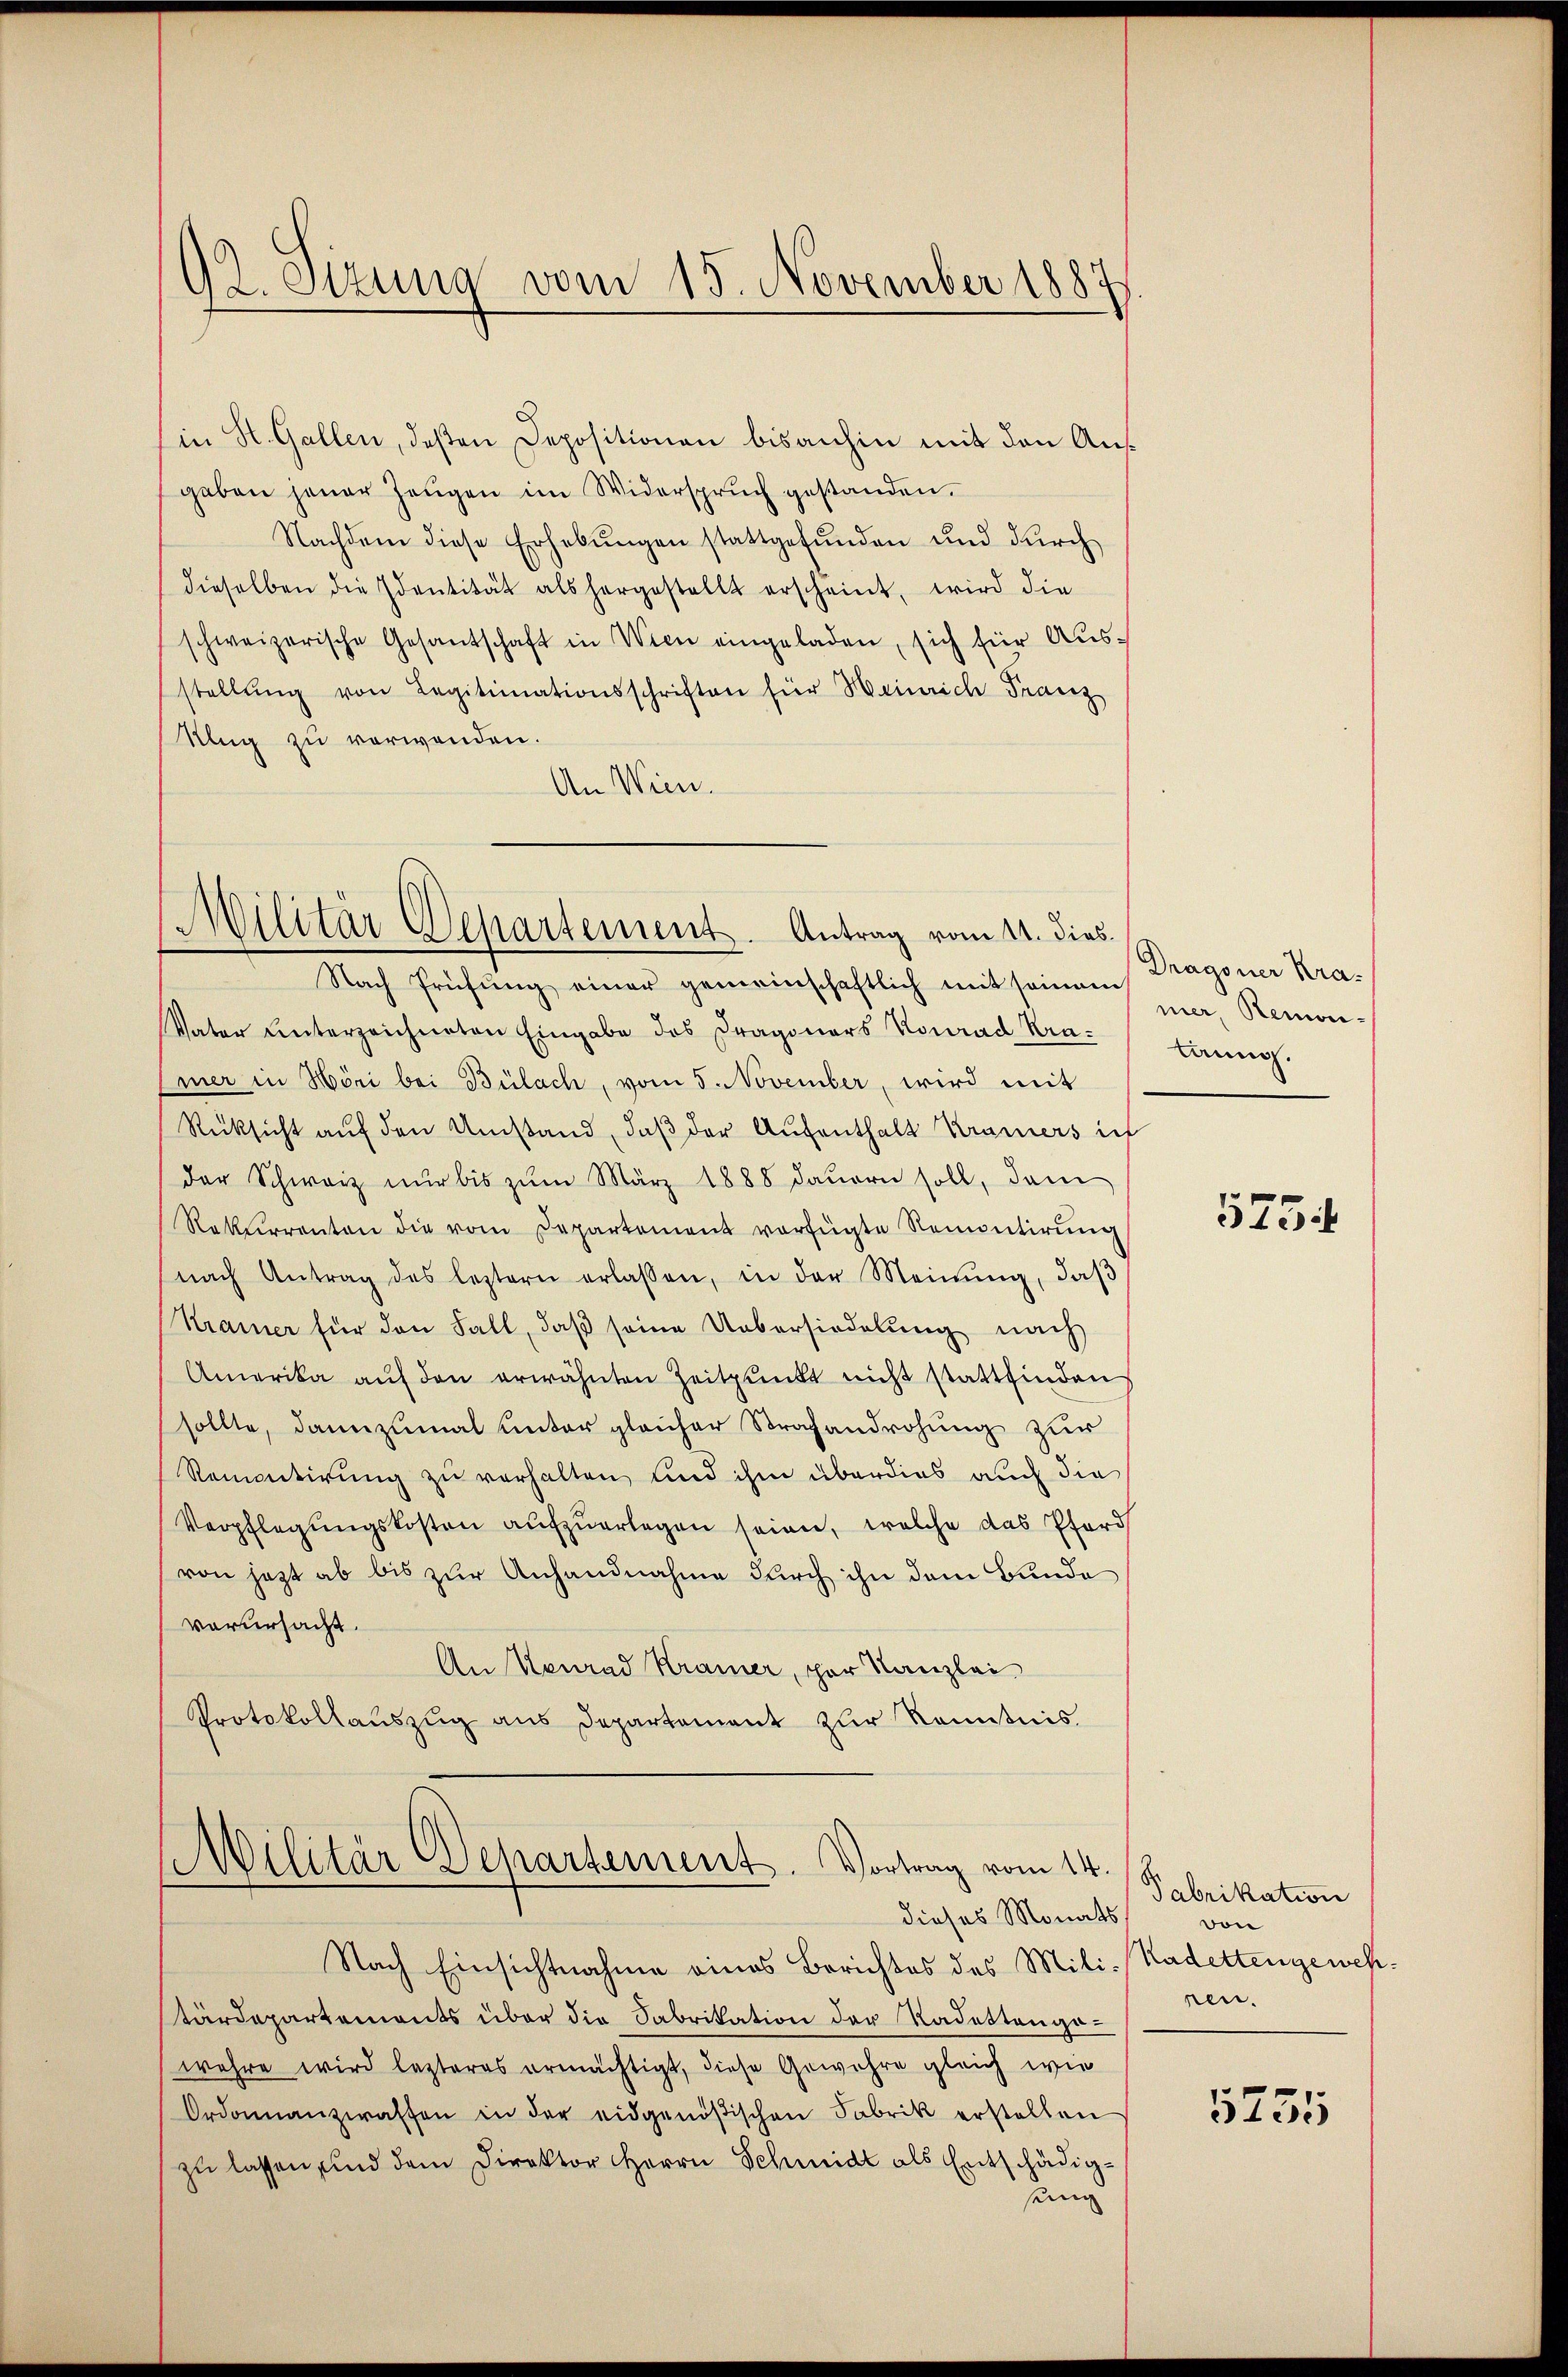
(in St. Gallen, deßen Depositionen bisanhin mit den Augaben jener Zeŭgen im Widerspruch gestanden.
Nachdem diese Erhebŭngen stattgefŭnden und durch
dieselben die Identität als hergestellt erscheint, wird die
schweizerische Gesantschaft in Wien eingeladen, sich für Aus-
stellŭng von Legitimationsschriften für Heinrich Franz
Klug zu verwenden.
An Wien.

92. Sitzung vom 15. November 1887.

Militär Departement. Antrag vom 11. dies
Nach Prüfŭng einer gemeinschaftlich mit seinem Remon-

Militär Departement. Vortrag vom 14.
dieses Monats

Vater Unterzeichneten Eingabe des Dragoners Konrad Kramer in Höri bei Bülach, vom 5. November, wird mit
Rücksicht auf den Umstand, daβ der Aufenthalt Krämers in
der Schweiz nur bis zum März 1888 dauern soll, dem
Rekurrenten die vom Departement vorfügte Remontirŭng
nach Antrag des leztern erlassen, in der Meinŭng, daβ
Kramer für den Fall, daß seine Uebersiedelung nach
Amerika aŭf den erwähnten Zeitpunkt nicht stattfinden
sollte, dannzumal unter gleicher Strafandrohung zur
Remicitirung zu verhalten, und ihm überdies auch die
Verpflegŭngskosten aŭfzŭerlegen seien, welche das Pferd
von jezt ab bis zur Anhandnahme durch ihn dem Bunde
vorursacht.
An Konrad Kramer, par Kanzlei
Protokollauszug aus Departement zur Kenntnis.

Nach Einsichtnahme eines Berichtes des Mili-Kadettengewehtärdepartements über die Fabrikation der Radettengawehre wird lezteres ermächtigt, diese Gewehre gleich wie
Ordonnanzwaffen in der eidgenößischen Fabrik erstellen
zu lassen, und dem Direktor Herrn Schmidt als Entschädigsung

Dragoner Krateung.

575.

Fabrikation
von
nen.

5755